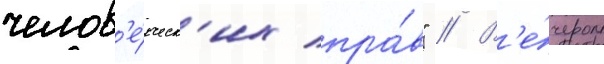
челов'е́ческ'их пра́в" // В'е́чером